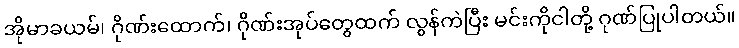
အိုမာခယမ်၊ ဂိုဏ်းထောက်၊ ဂိုဏ်းအုပ်တွေထက် လွန်ကဲပြီး မင်းကိုငါတို့ ဂုဏ်ပြုပါတယ်။